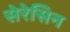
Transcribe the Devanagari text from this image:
सेरेसिन